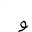
Letter: _waw